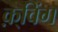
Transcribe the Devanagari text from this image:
क़्विंग